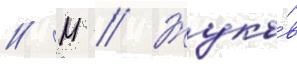
// М // Жуко́в